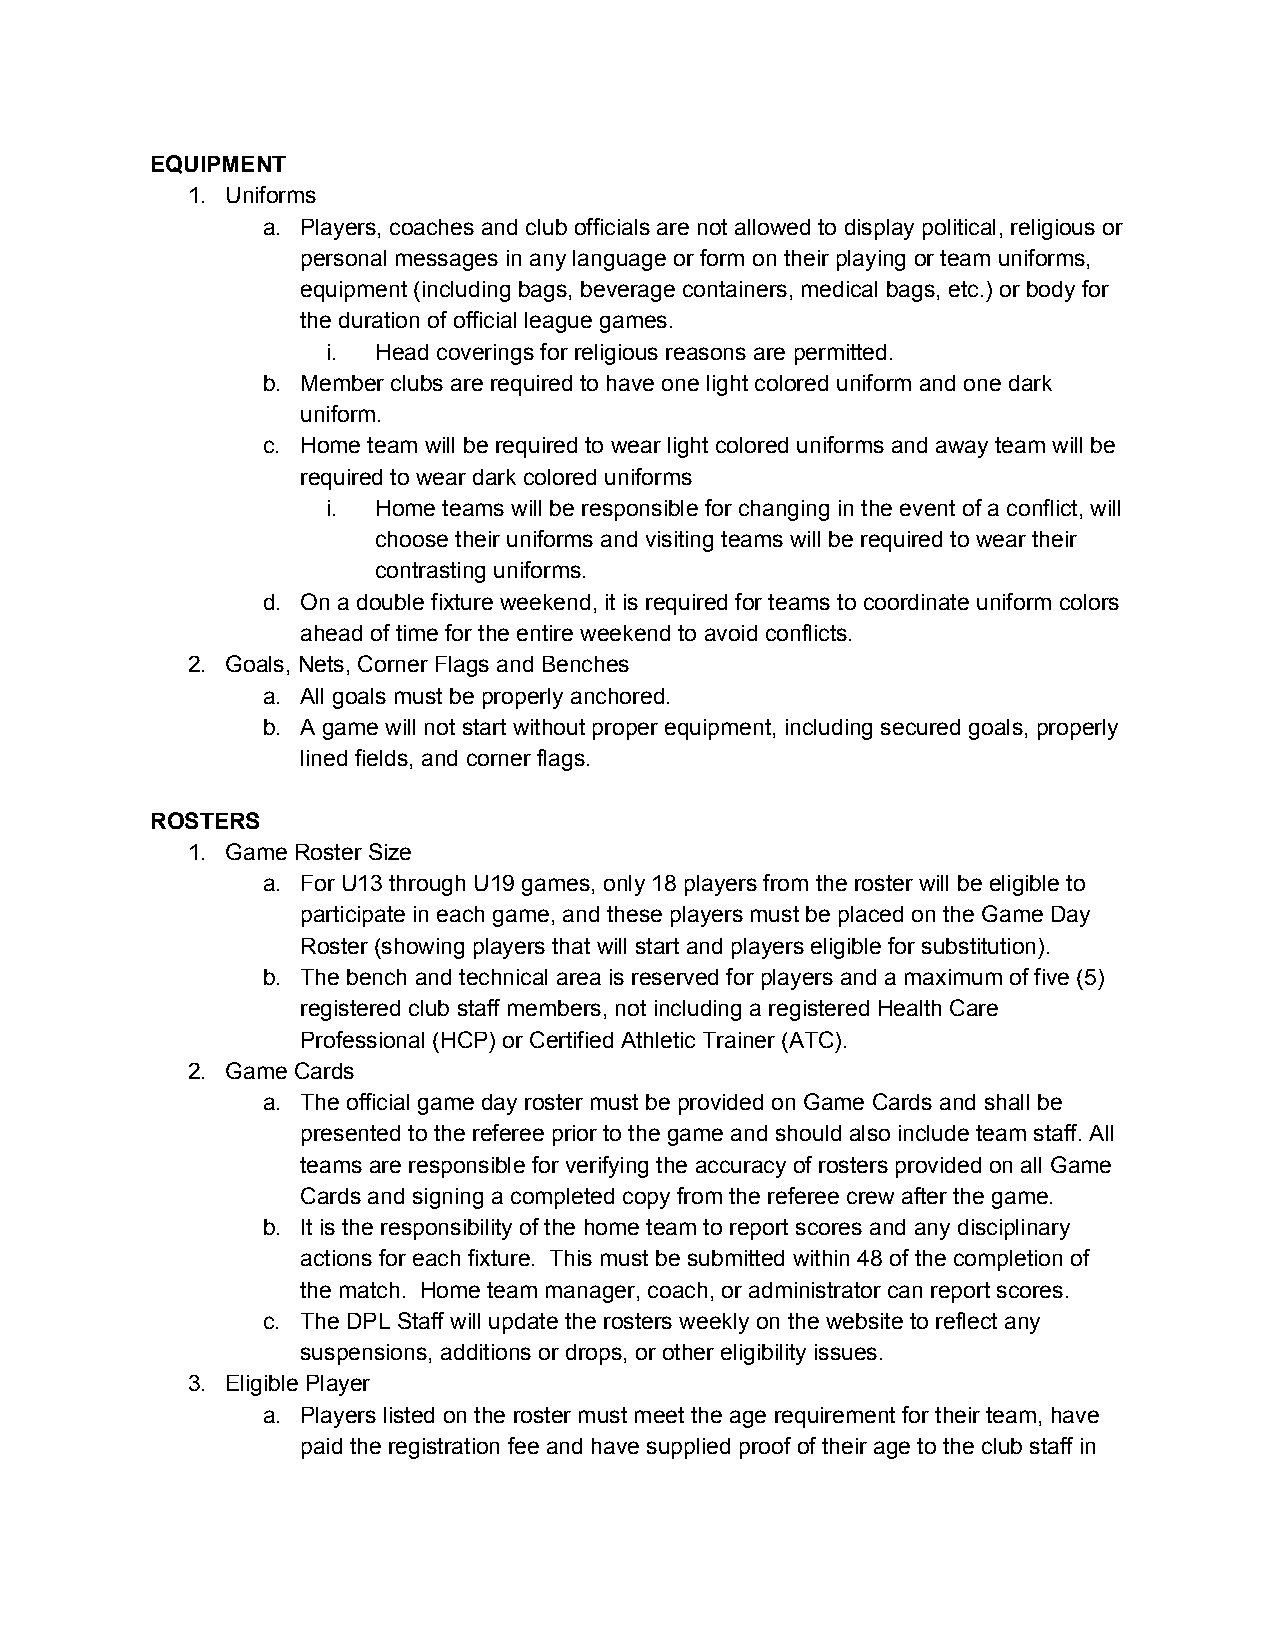
EQUIPMENT
 1. Uniforms
 a. Players, coaches and club officials are not allowed to display political, religious or
 personal messages in any language or form on their playing or team uniforms,
 equipment (including bags, beverage containers, medical bags, etc.) or body for
 the duration of official league games.
 i. Head coverings for religious reasons are permitted.
 b. Member clubs are required to have one light colored uniform and one dark
 uniform.
 c. Home team will be required to wear light colored uniforms and away team will be
 required to wear dark colored uniforms
 i. Home teams will be responsible for changing in the event of a conflict, will
 choose their uniforms and visiting teams will be required to wear their
 contrasting uniforms.
 d. On a double fixture weekend, it is required for teams to coordinate uniform colors
 ahead of time for the entire weekend to avoid conflicts.
 2. Goals, Nets, Corner Flags and Benches
 a. All goals must be properly anchored.
 b. A game will not start without proper equipment, including secured goals, properly
 lined fields, and corner flags.
 ROSTERS
 1. Game Roster Size
 a. For U13 through U19 games, only 18 players from the roster will be eligible to
 participate in each game, and these players must be placed on the Game Day
 Roster (showing players that will start and players eligible for substitution).
 b. The bench and technical area is reserved for players and a maximum of five (5)
 registered club staff members, not including a registered Health Care
 Professional (HCP) or Certified Athletic Trainer (ATC).
 2. Game Cards
 a. The official game day roster must be provided on Game Cards and shall be
 presented to the referee prior to the game and should also include team staff. All
 teams are responsible for verifying the accuracy of rosters provided on all Game
 Cards and signing a completed copy from the referee crew after the game.
 b. It is the responsibility of the home team to report scores and any disciplinary
 actions for each fixture. This must be submitted within 48 of the completion of
 the match. Home team manager, coach, or administrator can report scores.
 c. The DPL Staff will update the rosters weekly on the website to reflect any
 suspensions, additions or drops, or other eligibility issues.
 3. Eligible Player
 a. Players listed on the roster must meet the age requirement for their team, have
 paid the registration fee and have supplied proof of their age to the club staff in